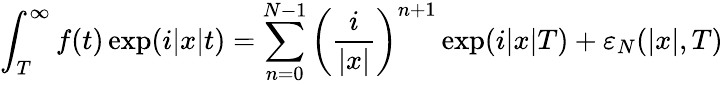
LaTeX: \int_{T}^{\infty}f(t)\exp(i\vert x\vert t)=\sum_{n=0}^{N-1}\left(\frac{i}{\lvert x\rvert}\right)^{n+1}\exp(i\lvert x\rvert T)+\varepsilon_{N}(\lvert x\rvert,T)